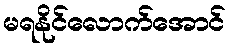
မရနိုင်လောက်အောင်